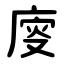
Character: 廀